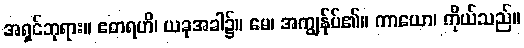
အရှင်ဘုရား။ ဧတရဟိ၊ ယခုအခါ၌။ မေ၊ အကျွန်ုပ်၏။ ကာယော၊ ကိုယ်သည်။